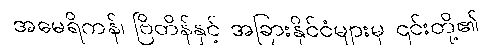
အမေရိကန်၊ ဗြိတိန်နှင့် အခြားနိုင်ငံများမှ ၎င်းတို့၏